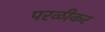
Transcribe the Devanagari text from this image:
परळीकर